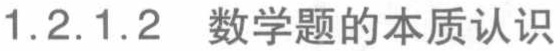
1.2.1.2 数学题的本质认识